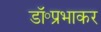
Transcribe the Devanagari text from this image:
डॉ॰प्रभाकर